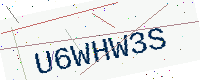
Text: U6WHW3S